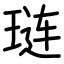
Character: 琏